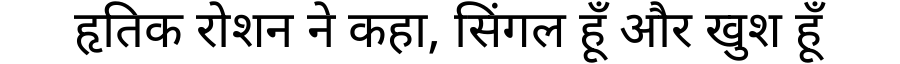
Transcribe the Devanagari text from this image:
हृतिक रोशन ने कहा, सिंगल हूँ और खुश हूँ